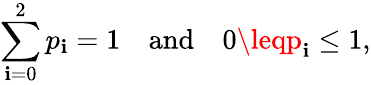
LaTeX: \sum_{\mathbf{i}=0}^{2}p_{\mathbf{i}}=1\quad{\mathrm{{and}}}\quad0\leqp_{\mathbf{i}}\leq1,